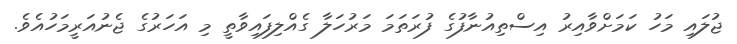
ޖުލައި މަހު ކަމަށްވާއިރު އިސްތިއުނާފުގެ ފުރަތަމަ މަރުހަލާ ގެއްލިފައިވާތީ މި އަހަރުގެ ޖެނުއަރީމަހުއެވެ.